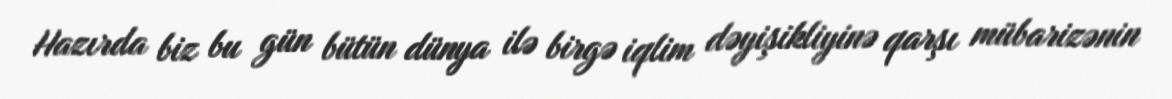
Hazırda biz bu gün bütün dünya ilə birgə iqlim dəyişikliyinə qarşı mübarizənin